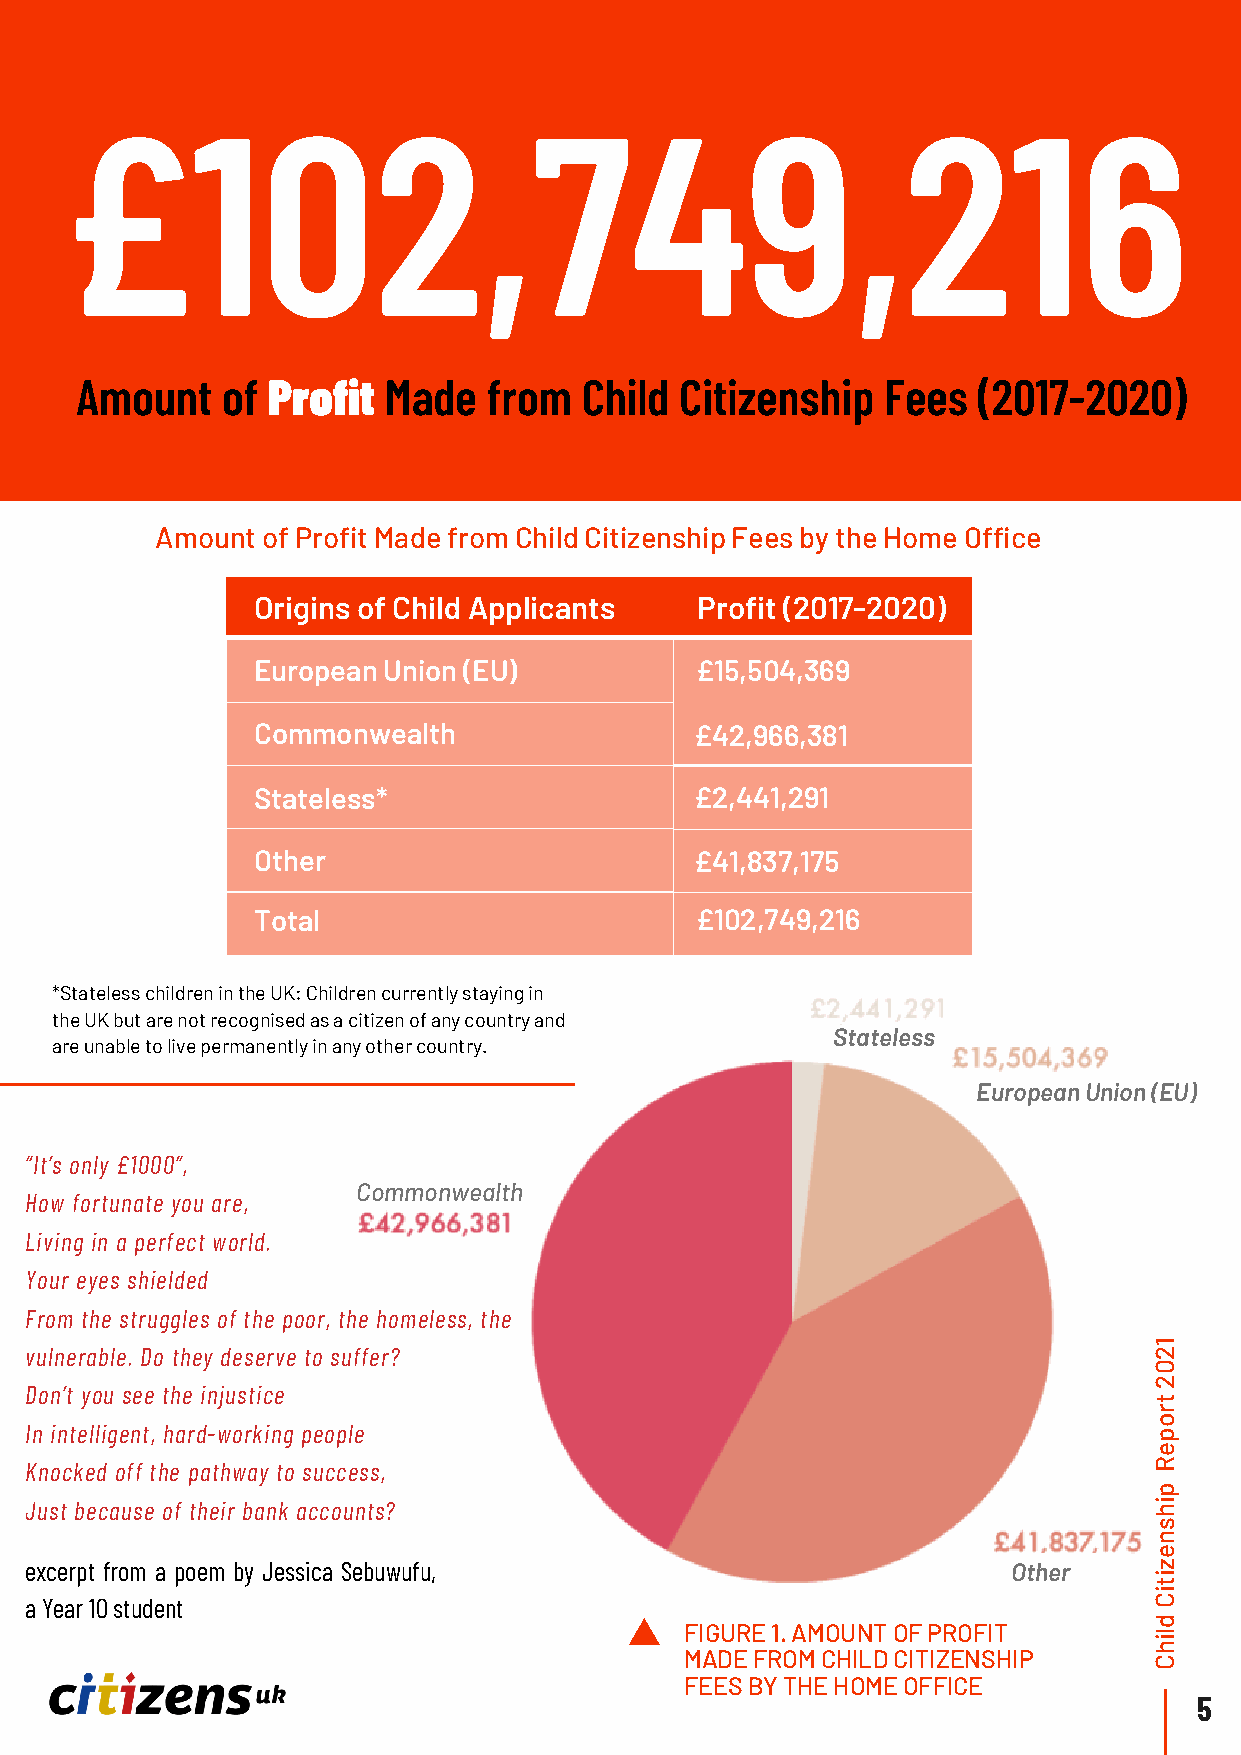
£102,749,216
 Amount    of Profit Made   from   Child Citizenship   Fees  (2017-2020)
 Amount of Profit Made from Child Citizenship Fees by the Home Office
 Origins of Child Applicants  Profit (2017-2020)
 European Union (EU)          £15,504,369
 CCiotmizemnosnhwipe Caeltrhemony £42,966,381
 Stateless*                   £2,441,291
 Other                        £41,837,175
 Total:
 Total                        £102,749,216
 *Stateless children in the UK: Children currently staying in
 the UK but are not recognised as a citizen of any country and
 Stateless
 are unable to live permanently in any other country.
 European Union (EU)
 “It’s only £1000”,
 Commonwealth
 How fortunate you are,
 Living in a perfect world.
 Your eyes shielded
 From the struggles of the poor, the homeless, the
 1
 vulnerable. Do they deserve to suffer?                                    2
 0
 2
 Don’t you see the injustice
 t
 r
 o
 In intelligent, hard-working people                                       p
 e
 Knocked off the pathway to success,                                       R
 p
 Just because of their bank accounts?                                      hi
 s
 n
 e
 excerpt from a poem by Jessica Sebuwufu,                         Other    z
 i
 t
 i
 a Year 10 student                                                         C
 d
 FIGURE 1. AMOUNT OF PROFIT     il
 h
 MADE FROM CHILD CITIZENSHIP    C
 FEES BY THE HOME OFFICE
 5